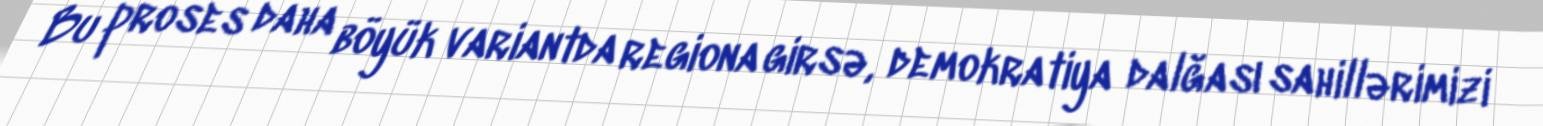
Bu proses daha böyük variantda regiona girsə, demokratiya dalğası sahillərimizi